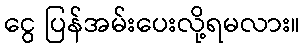
ငွေ ပြန်အမ်းပေးလို့ရမလား။